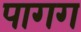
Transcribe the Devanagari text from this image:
पागग